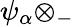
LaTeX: \psi_{\alpha}\otimes_{-}